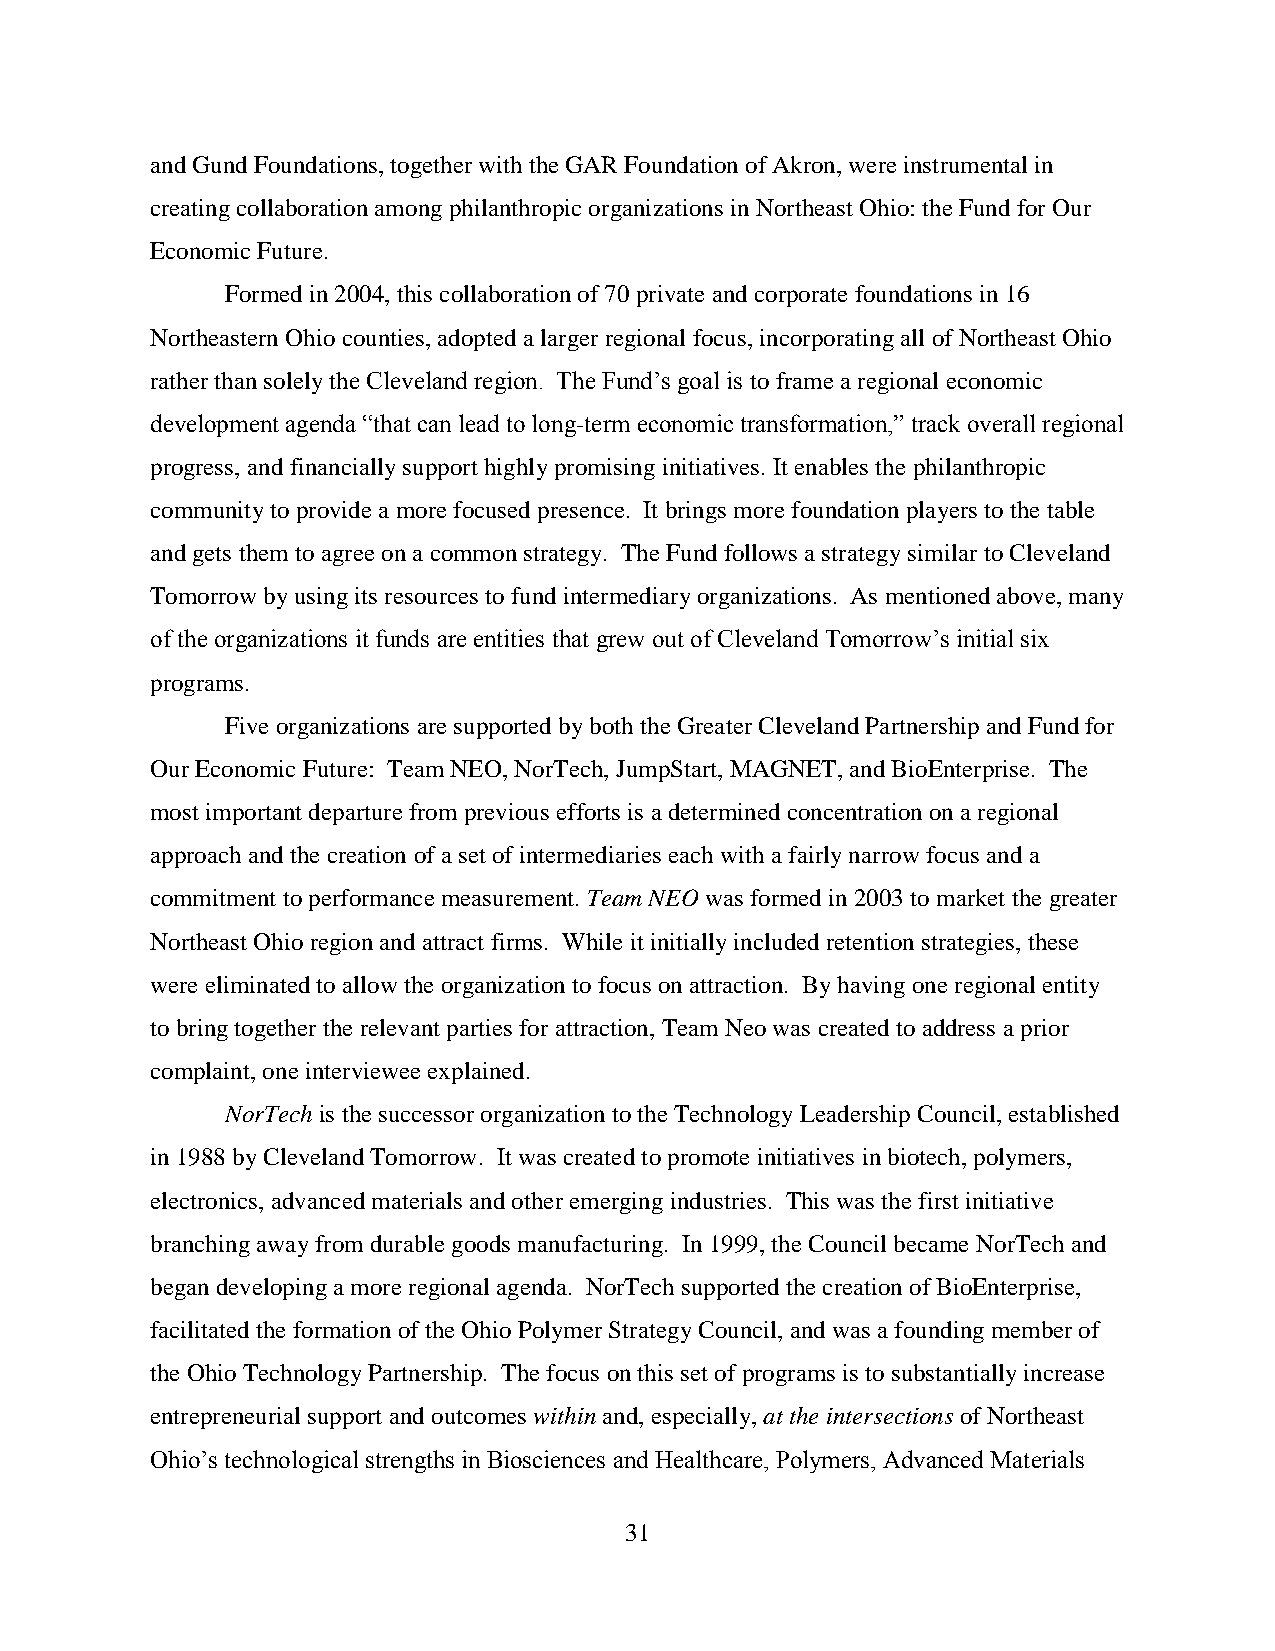
and Gund Foundations, together with the GAR Foundation of Akron, were instrumental in
 creating collaboration among philanthropic organizations in Northeast Ohio: the Fund for Our
 Economic Future.
 Formed in 2004, this collaboration of 70 private and corporate foundations in 16
 Northeastern Ohio counties, adopted a larger regional focus, incorporating all of Northeast Ohio
 rather than solely the Cleveland region. The Fund’s goal is to frame a regional economic
 development agenda “that can lead to long-term economic transformation,” track overall regional
 progress, and financially support highly promising initiatives. It enables the philanthropic
 community to provide a more focused presence. It brings more foundation players to the table
 and gets them to agree on a common strategy. The Fund follows a strategy similar to Cleveland
 Tomorrow by using its resources to fund intermediary organizations. As mentioned above, many
 of the organizations it funds are entities that grew out of Cleveland Tomorrow’s initial six
 programs.
 Five organizations are supported by both the Greater Cleveland Partnership and Fund for
 Our Economic Future: Team NEO, NorTech, JumpStart, MAGNET, and BioEnterprise. The
 most important departure from previous efforts is a determined concentration on a regional
 approach and the creation of a set of intermediaries each with a fairly narrow focus and a
 commitment to performance measurement. Team NEO was formed in 2003 to market the greater
 Northeast Ohio region and attract firms. While it initially included retention strategies, these
 were eliminated to allow the organization to focus on attraction. By having one regional entity
 to bring together the relevant parties for attraction, Team Neo was created to address a prior
 complaint, one interviewee explained.
 NorTech is the successor organization to the Technology Leadership Council, established
 in 1988 by Cleveland Tomorrow. It was created to promote initiatives in biotech, polymers,
 electronics, advanced materials and other emerging industries. This was the first initiative
 branching away from durable goods manufacturing. In 1999, the Council became NorTech and
 began developing a more regional agenda. NorTech supported the creation of BioEnterprise,
 facilitated the formation of the Ohio Polymer Strategy Council, and was a founding member of
 the Ohio Technology Partnership. The focus on this set of programs is to substantially increase
 entrepreneurial support and outcomes within and, especially, at the intersections of Northeast
 Ohio’s technological strengths in Biosciences and Healthcare, Polymers, Advanced Materials
 31